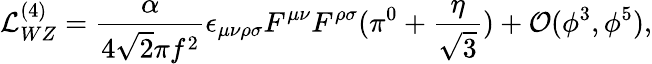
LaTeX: {\cal L}_{WZ}^{(4)}=\frac{\alpha}{4\sqrt 2\pi f^{2}}\epsilon_{\mu\nu\rho\sigma}F^{\mu\nu}F^{\rho\sigma}(\pi^{0}+\frac{\eta}{\sqrt 3})+{\cal O}(\phi^{3},\phi^{5}),